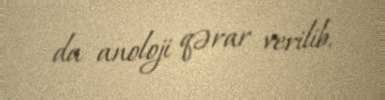
da anoloji qərar verilib.